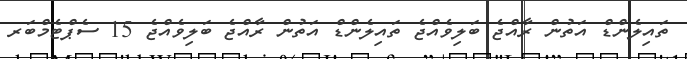
ތައިލެންޑް އަތުން ރާއްޖެ ބަލިވެއްޖެ ތައިލެންޑް އަތުން ރާއްޖެ ބަލިވެއްޖެ 15 ސެޕްޓެމްބަރ